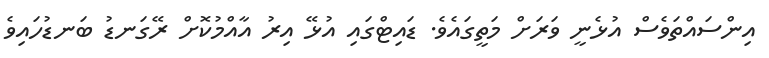
އިންސައްތަވެސް އުޅެނީ ވަރަށް މަތީގައެވެ. ޑައިޓްގައި އުޅޭ އިރު އާއްމުކޮށް ރޭގަނޑު ބަނޑުހައިވެ